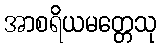
အာစရိယမတ္တေသု